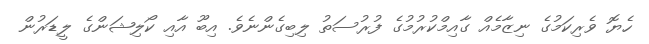
ހެޔޮ ވެރިކަމުގެ ނިޒާމެއް ގާއިމްކުރުމުގެ ފުރުސަތު ލިބިގެންނެވެ. އިބޫ އާއި ކޯލިޝަންގެ ލީޑަރުން